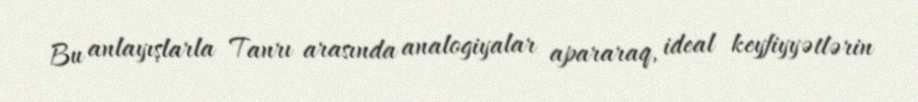
Bu anlayışlarla Tanrı arasında analogiyalar apararaq, ideal keyfiyyətlərin